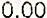
0.00